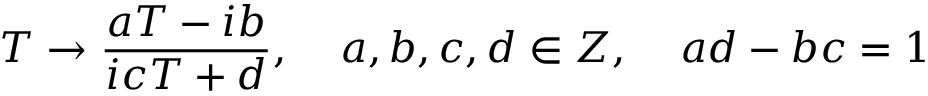
T \rightarrow \frac { a T - i b } { i c T + d } , \; \; \; \; a , b , c , d \in Z , \; \; \; \; a d - b c = 1